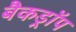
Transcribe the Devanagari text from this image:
बैकड्राॅप